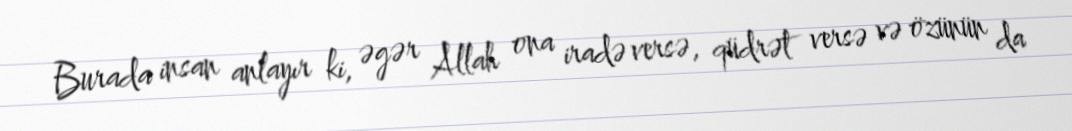
Burada insan anlayır ki, əgər Allah ona iradə versə, qüdrət versə və özünün da